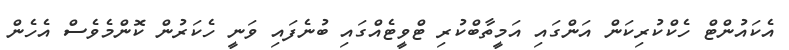
އެކައުންޓް ހެކްކުރިކަން އަންގައި އަމީތާބްކުރި ޓްވީޓެއްގައި ބުނެފައި ވަނީ ހެކަރުން ކޮންމެވެސް އެހެން